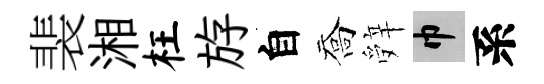
裴湘枉斿自喬辤巾系